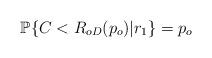
LaTeX: \begin{align*}\mathbb{P}\{C < R_{oD}(p_o)|r_1\} &= p_o&&\end{align*}